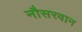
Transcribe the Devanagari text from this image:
नौसरवान